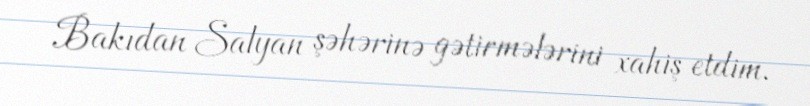
Bakıdan Salyan şəhərinə gətirmələrini xahiş etdim.